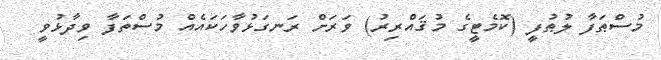
މުސްޠަފާ ލުޠުފީ (ކޮމެޓީގެ މުޤައްރިރު) ވަރަށް ރަނގަޅުވާހަކައެއް މުސްތަފާ ވިދާޅުވީ